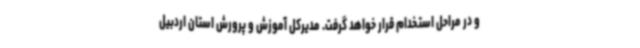
و در مراحل استخدام قرار خواهد گرفت. مدیرکل آموزش و پرورش استان اردبیل